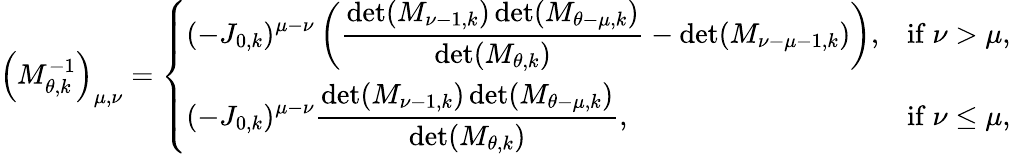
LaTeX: \left(M_{\theta,k}^{-1}\right)_{\mu,\nu}=\left\{ \begin{array}{ll}{\displaystyle(-J_{0,k})^{\mu-\nu}\left(\frac{\operatorname*{det}(M_{\nu-1,k})\operatorname*{det}(M_{\theta-\mu,k})}{\operatorname*{det}(M_{\theta,k})}-\operatorname*{det}(M_{\nu-\mu-1,k})\right),}&{\mathrm{if}\ \nu>\mu,}\\ {\displaystyle(-J_{0,k})^{\mu-\nu}\frac{\operatorname*{det}(M_{\nu-1,k})\operatorname*{det}(M_{\theta-\mu,k})}{\operatorname*{det}(M_{\theta,k})},}&{\mathrm{if}\ \nu\leq\mu,}\end{array}\right.